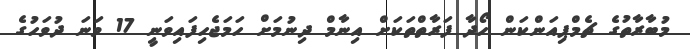
މުބާރާތުގެ ޗެމްޕިއަންކަން ހޯދާ ފަރާތްތަކަށް އިނާމް ދިނުމަށް ހަމަޖެހިފައިވަނީ 17 ވަނަ ދުވަހުގެ